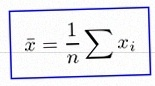
\bar{x}=\frac1n\sum x_i